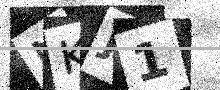
Text: NKJ1